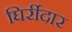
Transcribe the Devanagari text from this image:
घिर्रीदार